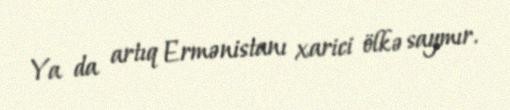
Ya da artıq Ermənistanı xarici ölkə saymır.